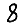
Digit: 8